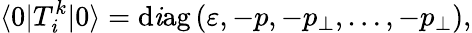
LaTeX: \langle0|T_{\mathit{i}}^{k}|0\rangle=\mathrm{{d\mathit{i}ag}}\left(\varepsilon,-p,-p_{\perp},\ldots,-p_{\perp}\right),